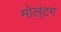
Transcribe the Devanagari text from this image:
मोल्‌ंटग